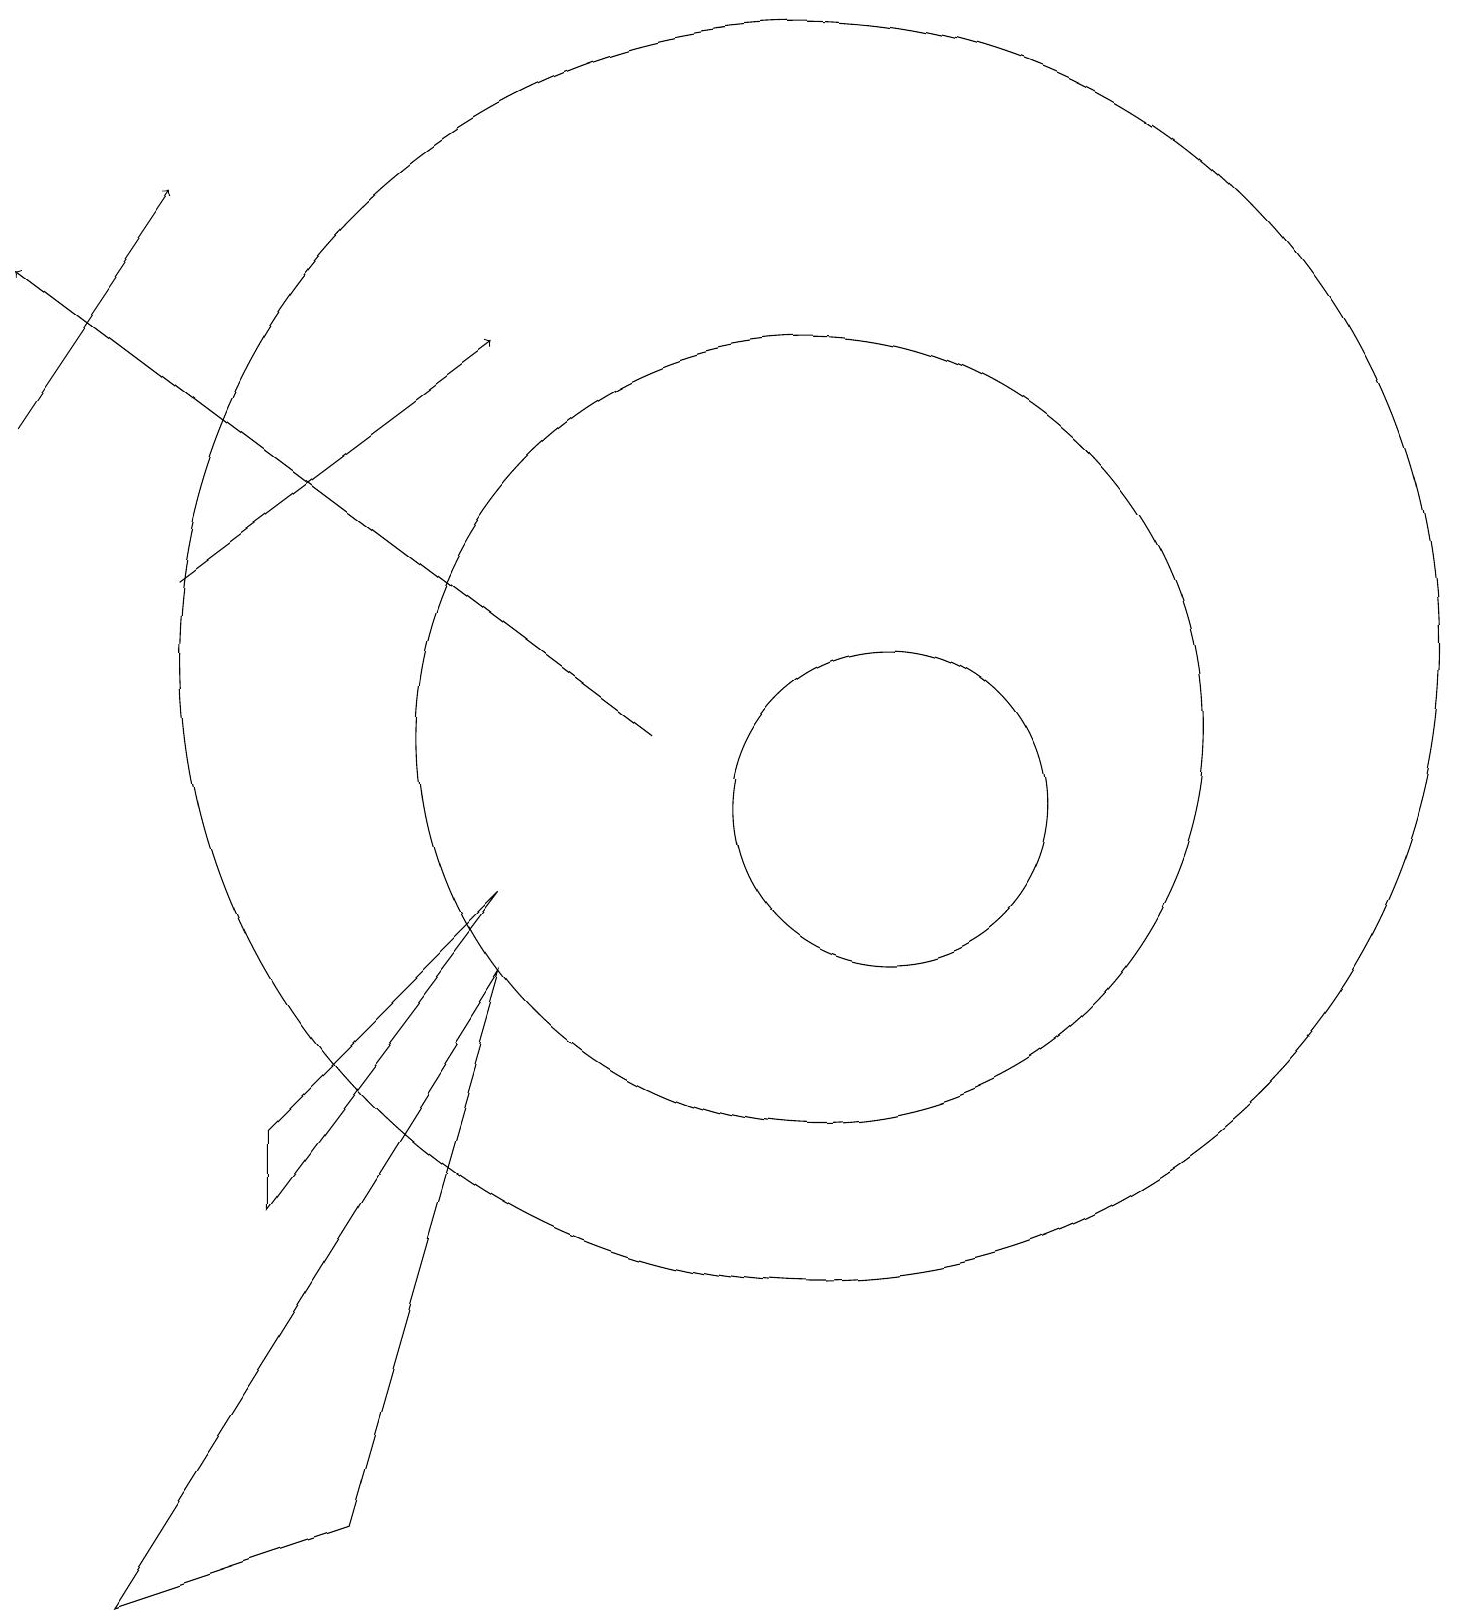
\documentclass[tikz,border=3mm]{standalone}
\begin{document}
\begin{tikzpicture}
\draw (10,12) circle (8);
\draw[->] (0,15) -- (2,18);
\draw (4,1) -- (6,8) -- (1,0) -- cycle;
\draw (3,6) -- (6,9) -- (3,5) -- cycle;
\draw (10,11) circle (5);
\draw[->] (2,13) -- (6,16);
\draw (11,10) circle (2);
\draw[->] (8,11) -- (0,17);
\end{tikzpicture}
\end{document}